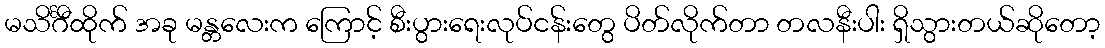
မသိင်္ဂီထိုက် အခု မန္တလေးက ကြောင့် စီးပွားရေးလုပ်ငန်းတွေ ပိတ်လိုက်တာ တလနီးပါး ရှိသွားတယ်ဆိုတော့